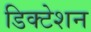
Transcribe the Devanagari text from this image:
डिक्‍टेशन